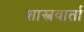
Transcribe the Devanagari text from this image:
शास्त्रवार्ता